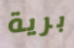
برية